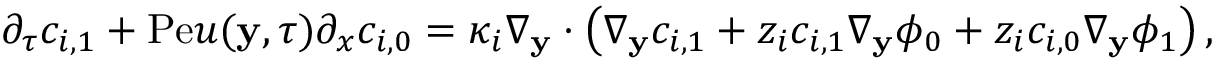
\begin{array} { r l } & { \partial _ { \tau } c _ { i , 1 } + \mathrm { P e } u ( \mathbf { y } , \tau ) \partial _ { x } c _ { i , 0 } = \kappa _ { i } \nabla _ { \mathbf { y } } \cdot \left( \nabla _ { \mathbf { y } } c _ { i , 1 } + z _ { i } c _ { i , 1 } \nabla _ { \mathbf { y } } \phi _ { 0 } + z _ { i } c _ { i , 0 } \nabla _ { \mathbf { y } } \phi _ { 1 } \right) , } \end{array}